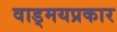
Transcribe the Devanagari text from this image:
वाड्मयप्रकार